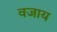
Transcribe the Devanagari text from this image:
वजाय